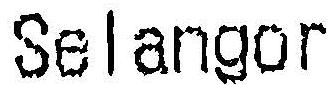
SELANGOR